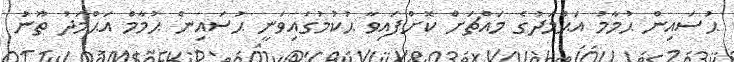
ޙުސައިން ޙުމާމު އަޙްމަދުގެ މައްޗަށް ކޮށްފައިވާ ޙުކުމުގައިވަނީ ޙުސައިން ޙުމާމް އަޙްމަދު ތޫނު